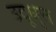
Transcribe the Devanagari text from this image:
उदूधृत